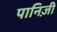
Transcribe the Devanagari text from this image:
पानिज़ी